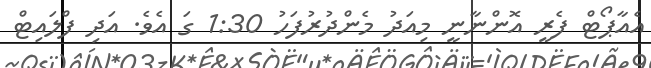
އެއާޕޯޓް ފެރީ އޮންނާނީ މިއަދު މެންދުރުފަހު 1:30 ގަ އެވެ. އަދި ފްލައިޓް